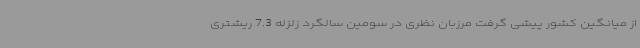
از میانگین کشور پیشی گرفت مرزبان نظری در سومین سالگرد زلزله 7.3 ریشتری